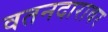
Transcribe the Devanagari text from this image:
वतनदारावर